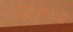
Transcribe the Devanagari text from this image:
हिंदूमध्यें